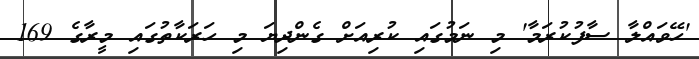
'ހޭވައްލާ ސާފުކުރަމާ' މި ނަމުގައި ކުރިއަށް ގެންދިޔަ މި ހަރަކާތުގައި މީރާގެ 169